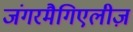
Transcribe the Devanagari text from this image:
जंगरमैगिएलीज़